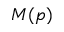
M ( p )